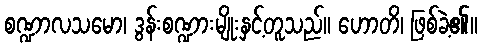
စဏ္ဍာလသမော၊ ဒွန်းစဏ္ဍားမျိုးနှင့်တူသည်။ ဟောတိ၊ ဖြစ်ခဲ့၏။